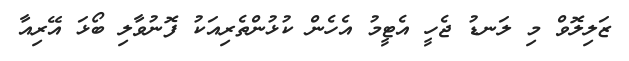
ޒަލިލޮވް މި ލަނޑު ޖެހީ އެޓީމު އެހެން ކުޅުންތެރިއަކު ފޮނުވާލި ބޯޅަ އޭރިއާ